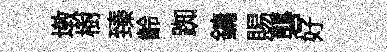
墩樹臻齡踟鏞賜礱好